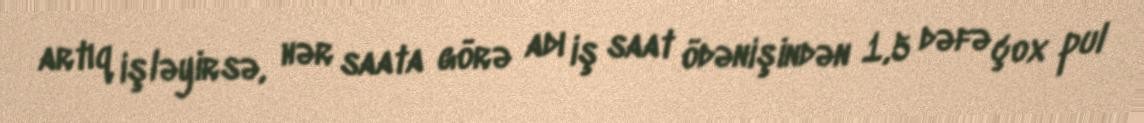
artıq işləyirsə, hər saata görə adı iş saat ödənişindən 1,5 dəfə çox pul